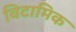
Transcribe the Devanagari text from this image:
विटामिक